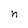
Character: n